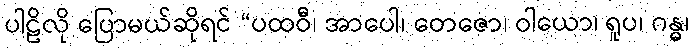
ပါဠိလို ပြောမယ်ဆိုရင် “ပထဝီ၊ အာပေါ၊ တေဇော၊ ဝါယော၊ ရူပ၊ ဂန္ဓ၊